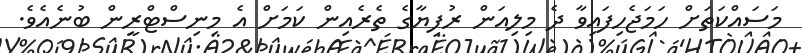
މަސައްކަތަށް ހަމަޖެހިފައިވާ ދެ މިލިއަން ރުފިޔާގެ ތެރެއިން ކަމަށް އެ މިނިސްޓްރީން ބުނެއެވެ.